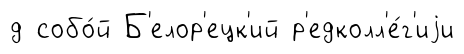
д собо́й Б'елор'ецк'ий р'едколл'е́г'иjи